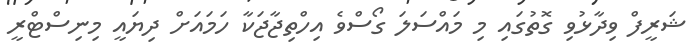
ޝަރީފް ވިދާޅުވި ގޮތުގައި މި މައްސަލަ ގޯސްވެ އިހްތިޖާޖަކާ ހަމައަށް ދިޔައީ މިނިސްޓްރީ